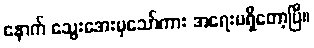
နောက် သွေးအေးမှသော်ကား အရေးမရှိတော့ပြီ။